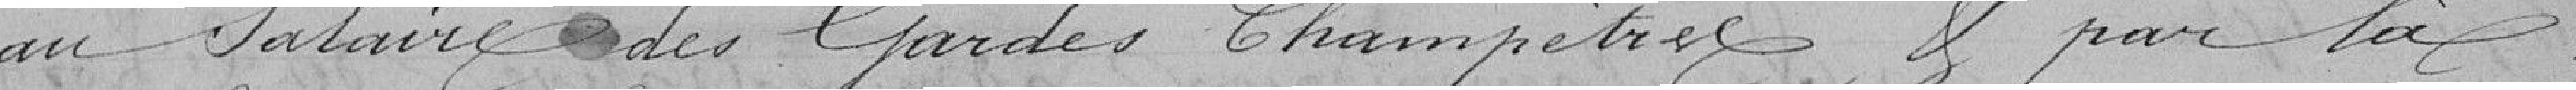
au salaire des gardes champêtres et par là